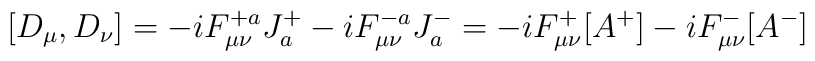
[D_{\mu}, D_{\nu}] = -iF^{+a}_{\mu \nu} J^+_a - iF^{-a}_{\mu\nu} J^-_a  = -iF^{+}_{\mu \nu}[A^+] -  iF^{-}_{\mu \nu}[A^-]